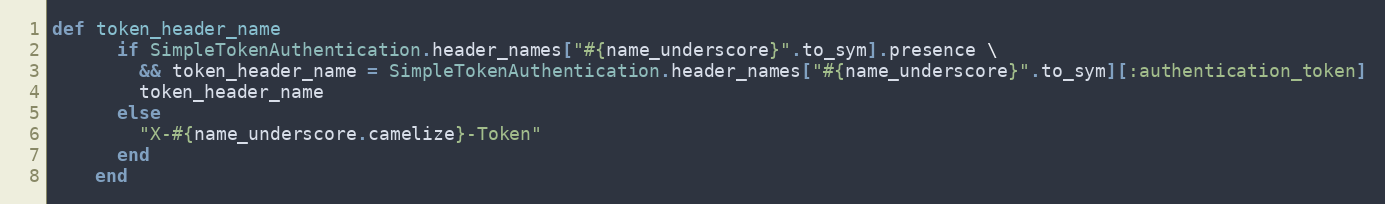
Language: Ruby
def token_header_name
      if SimpleTokenAuthentication.header_names["#{name_underscore}".to_sym].presence \
        && token_header_name = SimpleTokenAuthentication.header_names["#{name_underscore}".to_sym][:authentication_token]
        token_header_name
      else
        "X-#{name_underscore.camelize}-Token"
      end
    end